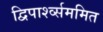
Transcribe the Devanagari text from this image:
द्विपार्श्व्सममित